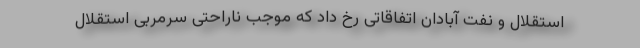
استقلال و نفت آبادان اتفاقاتی رخ داد که موجب ناراحتی سرمربی استقلال